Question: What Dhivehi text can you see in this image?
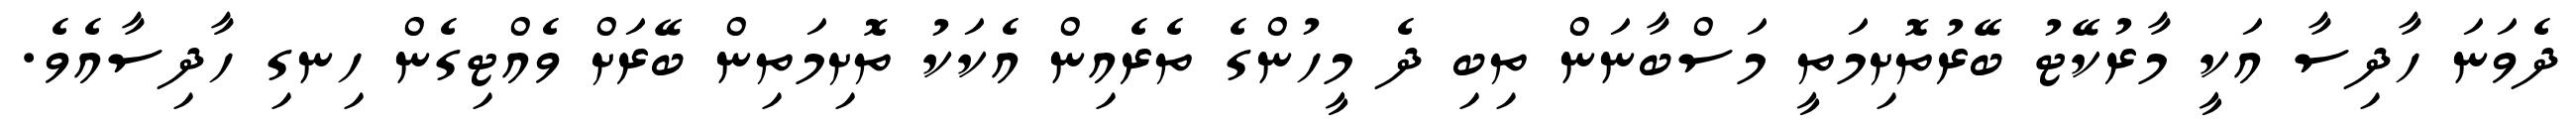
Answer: ދެވަނަ ހާދިސާ އަކީ މާރުކޭޓު ބޭރުތޮށިމަތީ މަސްބާނަން ތިބި ދެ މީހުންގެ ތެރެއިން އެކަކު ތޮށިމަތިން ބޭރަށް ވެއްޓިގެން ހިނގި ހާދިސާއެވެ.